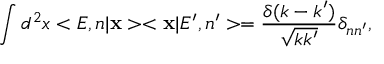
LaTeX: \int { d } ^ { 2 } x < E , n | { \bf x } > < { \bf x } | E ^ { \prime } , n ^ { \prime } > = \frac { \delta ( k - k ^ { \prime } ) } { \sqrt { k k ^ { \prime } } } { \delta } _ { n n ^ { \prime } } ,